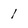
Character: 1